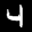
Label: 4